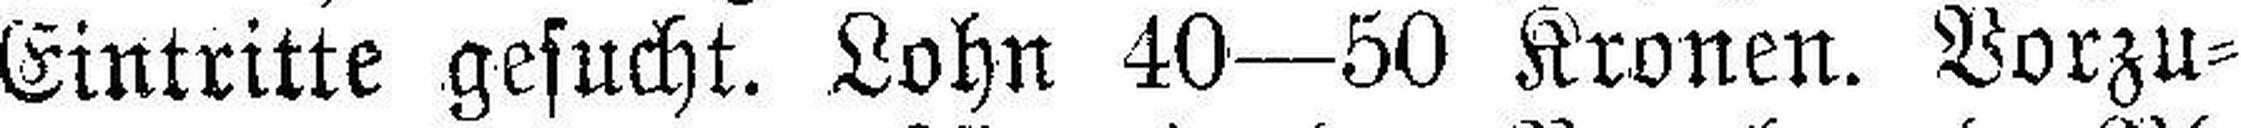
Eintritte gesucht. Lohn 40—50 Kronen. Vorzu¬